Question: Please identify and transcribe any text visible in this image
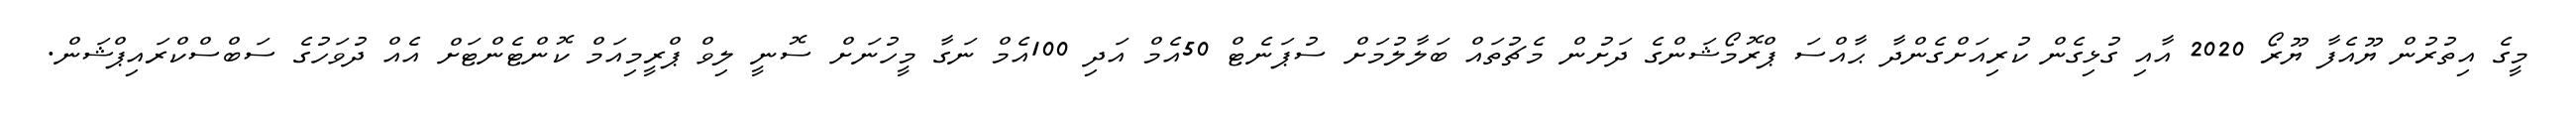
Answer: މީގެ އިތުރުން ޔޫއެފާ ޔޫރޯ 2020 އާއި ގުޅިގެން ކުރިއަށްގެންދާ ޙާއްސަ ޕްރޮމޯޝަންގެ ދަށުން މެޗުތައް ބަލާލުމަށް ސުޕަނެޓް 50އެމް އަދި 100އެމް ނަގާ މީހުނަށް ސޮނީ ލިވް ޕްރީމިއަމް ކޮންޓެންޓަށް އެއް ދުވަހުގެ ސަބްސްކްރައިޕްޝަން.